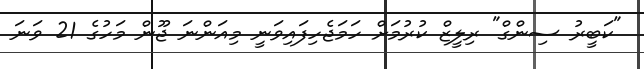
"ކަބީރު ސިންގް" ރިލީޒް ކުރުމަށް ހަމަޖެހިފައިވަނީ މިއަންނަ ޖޫން މަހުގެ 21 ވަނަ